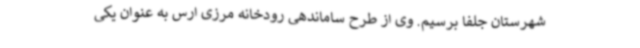
شهرستان جلفا برسیم. وی از طرح ساماندهی رودخانه مرزی ارس به عنوان یکی